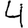
Digit: 4